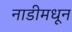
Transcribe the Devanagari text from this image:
नाडीमधून